Annual report of the Prince of Wales Medical College, Patna
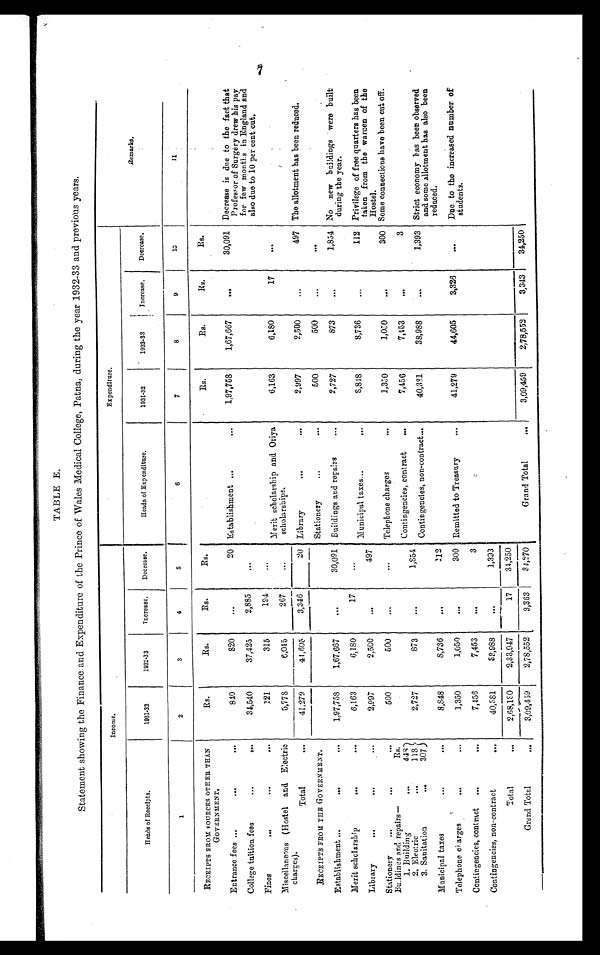
TABLE E.
Statement showing the Finance and Expenditure of the Prince of Wales Medical. College, Patna, during the year 1932-33 and previous years.
Income.
Expenditure.
Remarks.
Heads of Receipts.
1931-32
1932-33
Increase.
Decrease.
Heads of Expenditure.
1931-32
1932-33
Increase.
Decrease.
1
2
3
4
5
6
7
8
9
1 0
11
RECEIPTS FROM S OURCES OTHER THAN
G O V E R N M E N T .
Rs.
Rs.
Rs.
Rs.
Rs.
Rs.
Rs.
Rs.
Entrance fees ...
...
. . .
810
820
. . .
20 Establishment ...
. . .
1,97,758
1,37,667
...
30,091 Decrease is due to the fact that
Professor of Surgery drew his pay
for few months in England and
also due to 10 per cent cut.
College tuition fees
. . .
. . .
34,540
37,425
2,885
. . .
Fines
. . .
. . .
. . .
121
315
194
. . .
Merit scholarship and Oriya
scholarships.
6,163
6,180
17
. . .
Miscellaneous (Hostel and Electric
charges).
5,778
6,045
267
...
Total
...
41,279
41,605
3,346
20 Library
. . .
...
2,997
2,500
...
497 The allotment has been reduced.
RECEIPTS FROM THE GOVERNMENT.
Stationery
. . .
. . .
500
5 0 0
. . .
...
Establishment ...
. . .
...
1,97,758
1,67,667
. . .
30,091 Buildings and repairs
. . .
2,727
873
. . .
1,854 No new buildings were built
during the year.
Merit scholarship
. . .
. . .
6,163
6,180
17
. . .
Municipal taxes...
. . .
8,848
8,736
. . .
112 Privilege of free quarters has been
taken from the warden of the
Hostel.
Library
...
...
...
2,997
2,500
...
497
Stationery
. . .
. . .
...
500
500
. . .
. . .
Telephone charges
. . .
1,330
1,050
. . .
300 Some connections have been cut off.
Buildings and repairs-
Rs.
Contingencies, contract
...
7,456
7 , 4 5 3
. . .
3
1. Building
. . .
4 4 8
2,727
873
...
1,854
2. Electric
...
11 8
Contingencies, non-contract...
40,331
38,988
. . .
1,393 Strict economy has been observed
and some allotment has also been
reduced.
3. Sanitation
. . .
307
Municipal taxes
...
...
8,848
8,736
. . .
112
Telephone charges
...
...
1,350
1,050
. . .
300 Remitted to Treasury
...
41,279
44,605
3,326
. . .
Due to the increased number of
students.
Contingencies, contract
...
. . .
7,456
7,453
...
3
Contingencies, non-contract
...
4 0 , 3 8 1
3 8 , 9 8 8
. . .
1,393
T o t a l
. . .
2 , 6 8 , 1 8 0
2,33,947
17
34,250
Grand Total
...
3,09,459
2,78,552
3,363
3 4 , 2 7 0
Grand Total
. . .
3,09,459
2,78,552
3,343
34,250